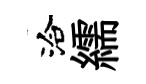
洽繻